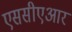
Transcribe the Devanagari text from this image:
एससीएआर